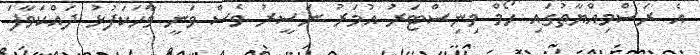
އެ ރަސްމިއްޔާތުގައި ހޯމް މިނިސްޓަރު އުމަރު ނަސީރު ވެސް ވަނީ ވާހަކަފުޅު ދައްކަވާފަ